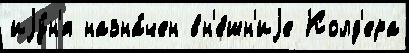
иjу́н'я назна́чен вн'е́шн'иjе Колд'ера